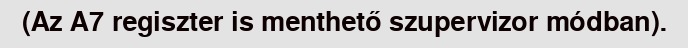
(Az A7 regiszter is menthető szupervizor módban).